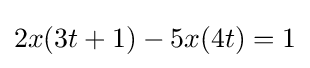
2x(3t+1)-5x(4t)=1